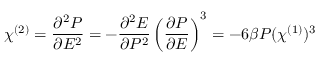
\chi ^ { ( 2 ) } = \frac { \partial ^ { 2 } P } { \partial E ^ { 2 } } = - \frac { \partial ^ { 2 } E } { \partial P ^ { 2 } } \left( \frac { \partial P } { \partial E } \right) ^ { 3 } = - 6 \beta P ( \chi ^ { ( 1 ) } ) ^ { 3 }